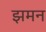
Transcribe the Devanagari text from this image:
झमन